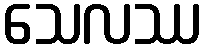
သေလဿ